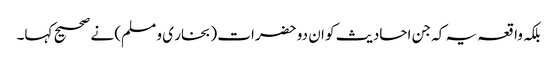
بلکہ واقعہ یہ کہ جن احادیث کو ان دو حضرات (بخار ی و مسلم) نے صحیح کہا۔